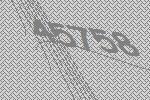
45758